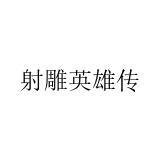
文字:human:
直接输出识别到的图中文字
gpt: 射雕英雄传